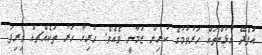
އުފެދޭ ގުޅުންތައް ހަރުވުމުގެ ކުރިން ޒަމާނީ ވެއެވެ. ހުރިހާ ހަރު ތަކެއްޗއް ވިރިފަ